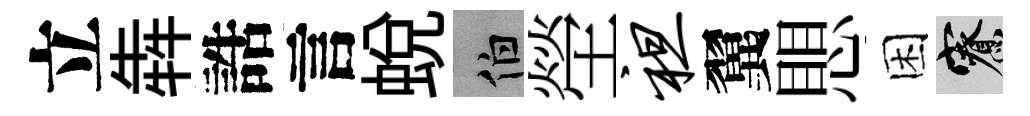
立犇誥言蜕伯塋袒翼愳困寮